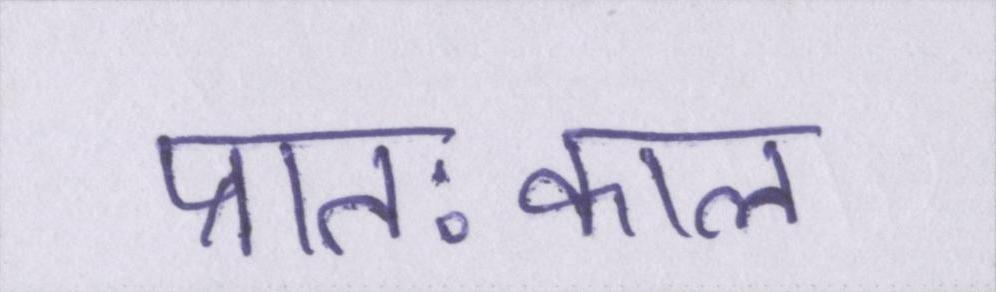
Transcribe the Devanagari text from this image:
प्रातःकाल